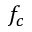
f _ { c }